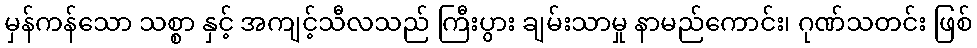
မှန်ကန်သော သစ္စာ နှင့် အကျင့်သီလသည် ကြီးပွား ချမ်းသာမှု နာမည်ကောင်း၊ ဂုဏ်သတင်း ဖြစ်